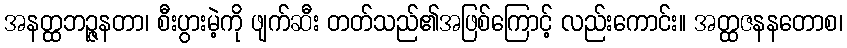
အနတ္ထဘဉ္ဇနတာ၊ စီးပွားမဲ့ကို ဖျက်ဆီး တတ်သည်၏အဖြစ်ကြောင့် လည်းကောင်း။ အတ္ထဇနနတောစ၊